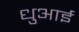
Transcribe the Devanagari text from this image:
धुआई